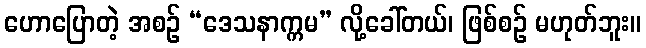
ဟောပြောတဲ့ အစဉ် “ဒေသနာက္ကမ” လို့ခေါ်တယ်၊ ဖြစ်စဉ် မဟုတ်ဘူး။